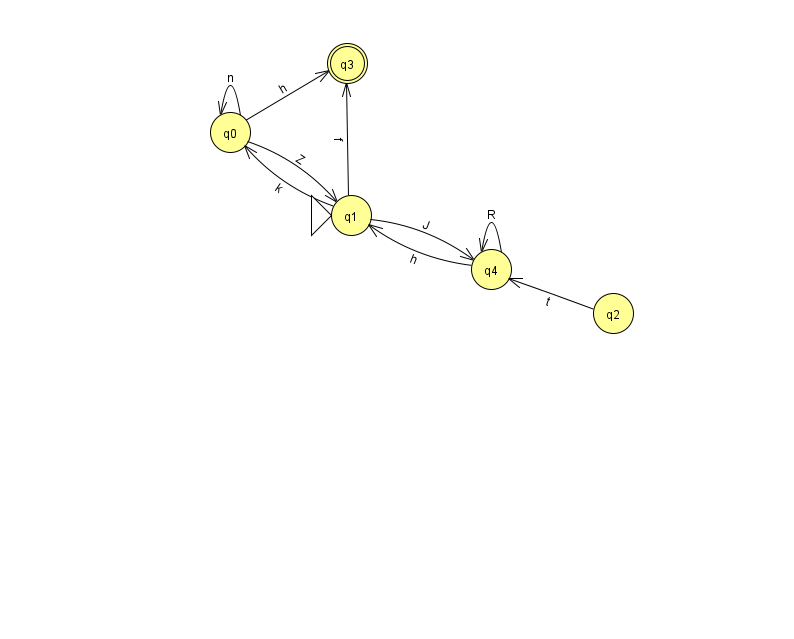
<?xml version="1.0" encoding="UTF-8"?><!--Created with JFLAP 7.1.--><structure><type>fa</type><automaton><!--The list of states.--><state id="0" name="q0"><x>230.0</x><y>119.0</y></state><state id="1" name="q1"><x>351.0</x><y>202.0</y><initial/></state><state id="2" name="q2"><x>613.0</x><y>300.0</y></state><state id="3" name="q3"><x>347.0</x><y>50.0</y><final/></state><state id="4" name="q4"><x>491.0</x><y>256.0</y></state><!--The list of transitions.--><transition><from>0</from><to>1</to><read>Z</read></transition><transition><from>1</from><to>4</to><read>J</read></transition><transition><from>1</from><to>0</to><read>k</read></transition><transition><from>4</from><to>1</to><read>h</read></transition><transition><from>4</from><to>4</to><read>R</read></transition><transition><from>0</from><to>3</to><read>h</read></transition><transition><from>1</from><to>3</to><read>f</read></transition><transition><from>0</from><to>0</to><read>n</read></transition><transition><from>2</from><to>4</to><read>t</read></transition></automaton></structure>